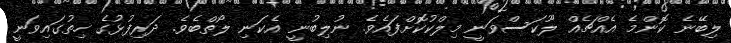
ލިބޭނެ ކޮންމެ އެއްޗެއް ލޫކަސްވަނީ މިލްކުކޮށްފައެވެ. ނުލިބުނީ އެކަނި ލޯތްބެވެ. ދަރިފުޅުގެ ހިތުގައިވަނީ